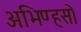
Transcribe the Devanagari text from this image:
अभिण्हसो